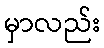
မှာလည်း